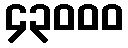
၄၃၀၀၀